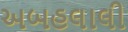
અબહલાલી